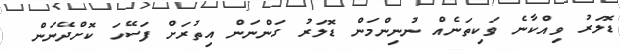
ޑޮލަރު ވިއްކާނެ ވަކިތަނެއް ނުނިންމަން ޑޮލަރު ގަންނަން އިތުރަށް ފަސޭހަ ކޮށްދޭނަން